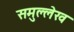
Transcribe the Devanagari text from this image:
समुल्लेख